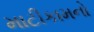
માટીકામનો